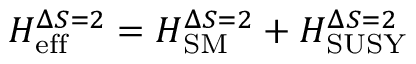
H _ { \mathrm { e f f } } ^ { \Delta S = 2 } = H _ { \mathrm { S M } } ^ { \Delta S = 2 } + H _ { \mathrm { S U S Y } } ^ { \Delta S = 2 }